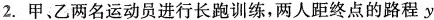
2.甲、乙两名运动员进行长跑训练，两人距终点的路程y